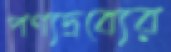
পণ্যদ্রব্যের